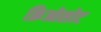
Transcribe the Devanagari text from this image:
क्रिओसोट